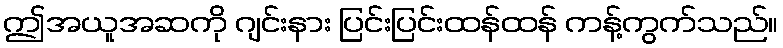
ဤအယူအဆကို ဂျင်းနား ပြင်းပြင်းထန်ထန် ကန့်ကွက်သည်။